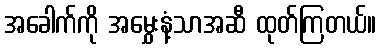
အခေါက်ကို အမွှေးနံ့သာအဆီ ထုတ်ကြတယ်။